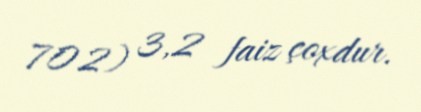
702) 3,2 faiz çoxdur.